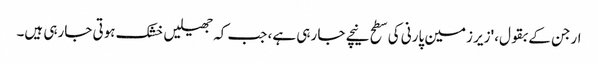
ارجن کے بقول، 'زیر زمین پارنی کی سطح نیچے جا رہی ہے، جب کہ جھیلیں خشک ہوتی جارہی ہیں۔